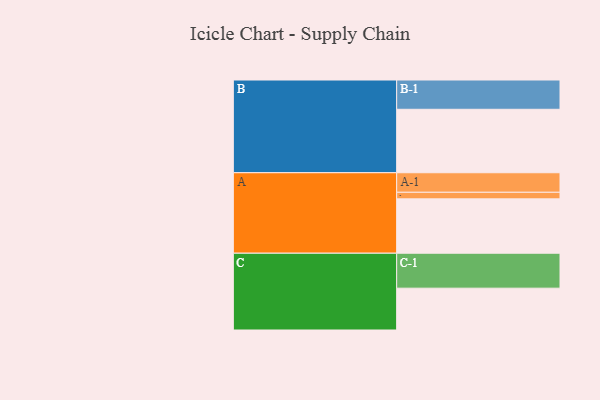
{"axis": {"x": "Segment", "y": "Value"}, "legend": ["", "A", "B", "C"], "data": [{"x": "A", "y": 412, "type": ""}, {"x": "B", "y": 481, "type": ""}, {"x": "C", "y": 317, "type": ""}, {"x": "A-1", "y": 148, "type": "A"}, {"x": "A-2", "y": 50, "type": "A"}, {"x": "B-1", "y": 222, "type": "B"}, {"x": "C-1", "y": 265, "type": "C"}]}